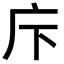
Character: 𢇗